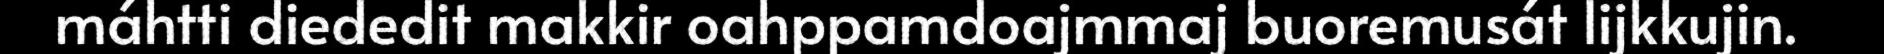
máhtti diededit makkir oahppamdoajmmaj buoremusát lijkkujin.